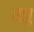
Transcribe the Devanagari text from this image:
एझू